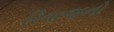
રિવાજનો